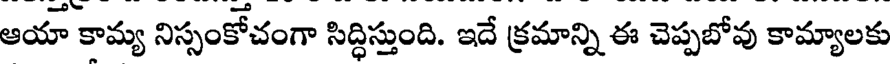
ఆయా కామ్య నిస్సంకోచంగా సిద్ధిస్తుంది. ఇదే క్రమాన్ని ఈ చెప్పబోవు కామ్యాలకు